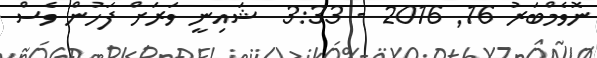
ނޮވެމްބަރު 16